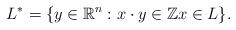
LaTeX: \begin{align*}L^* = \{y \in \mathbb{R}^n : x \cdot y \in \mathbb{Z} x \in L\}.\end{align*}